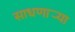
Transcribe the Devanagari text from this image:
साधणार्‍या